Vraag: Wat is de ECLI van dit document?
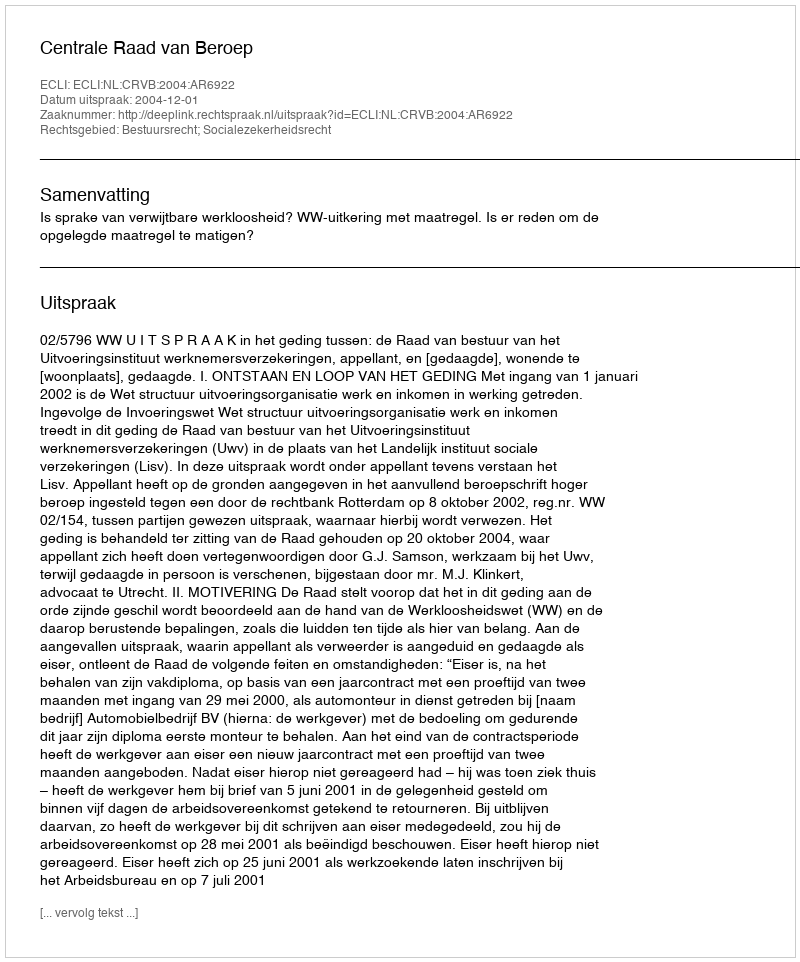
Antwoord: ECLI:NL:CRVB:2004:AR6922